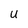
Character: u